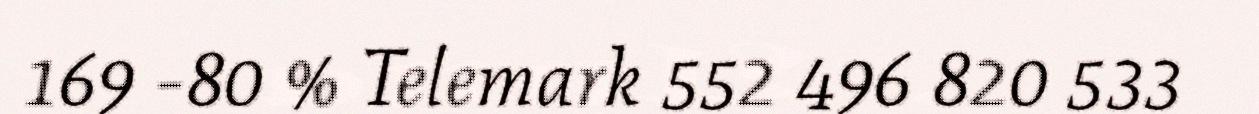
169 -80 % Telemark 552 496 820 533